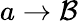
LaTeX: a\rightarrow\mathcal{B}